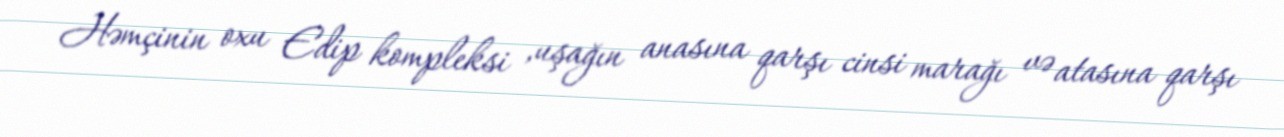
Həmçinin oxu Edip kompleksi ,uşağın anasına qarşı cinsi marağı və atasına qarşı